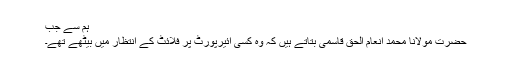
ہم سے جب
حضرت مولانا محمد انعام الحق قاسمی بتاتے ہیں کہ وہ کسی ائیرپورٹ پر فلائٹ کے انتظار میں بیٹھے تھے۔